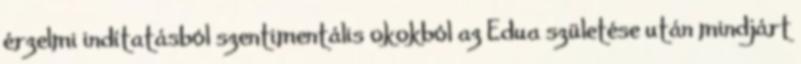
érzelmi indítatásból szentimentális okokból az Edua születése után mindjárt